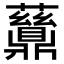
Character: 𬹪